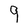
Character: 9